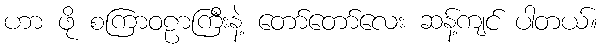
ဟာ ဖို စကြာဝဠာကြီးနဲ့ တော်တော်လေး ဆန့်ကျင် ပါတယ်။